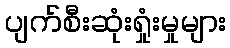
ပျက်စီးဆုံးရှုံးမှုများ